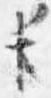
臣